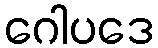
ဂေါပဒေ